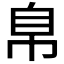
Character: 𰯴